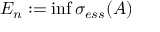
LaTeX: E _ { n } : = \operatorname* { i n f } \sigma _ { e s s } ( A )